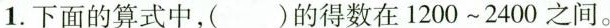
1.下面的算式中，（）的得数在1200～2400之间。